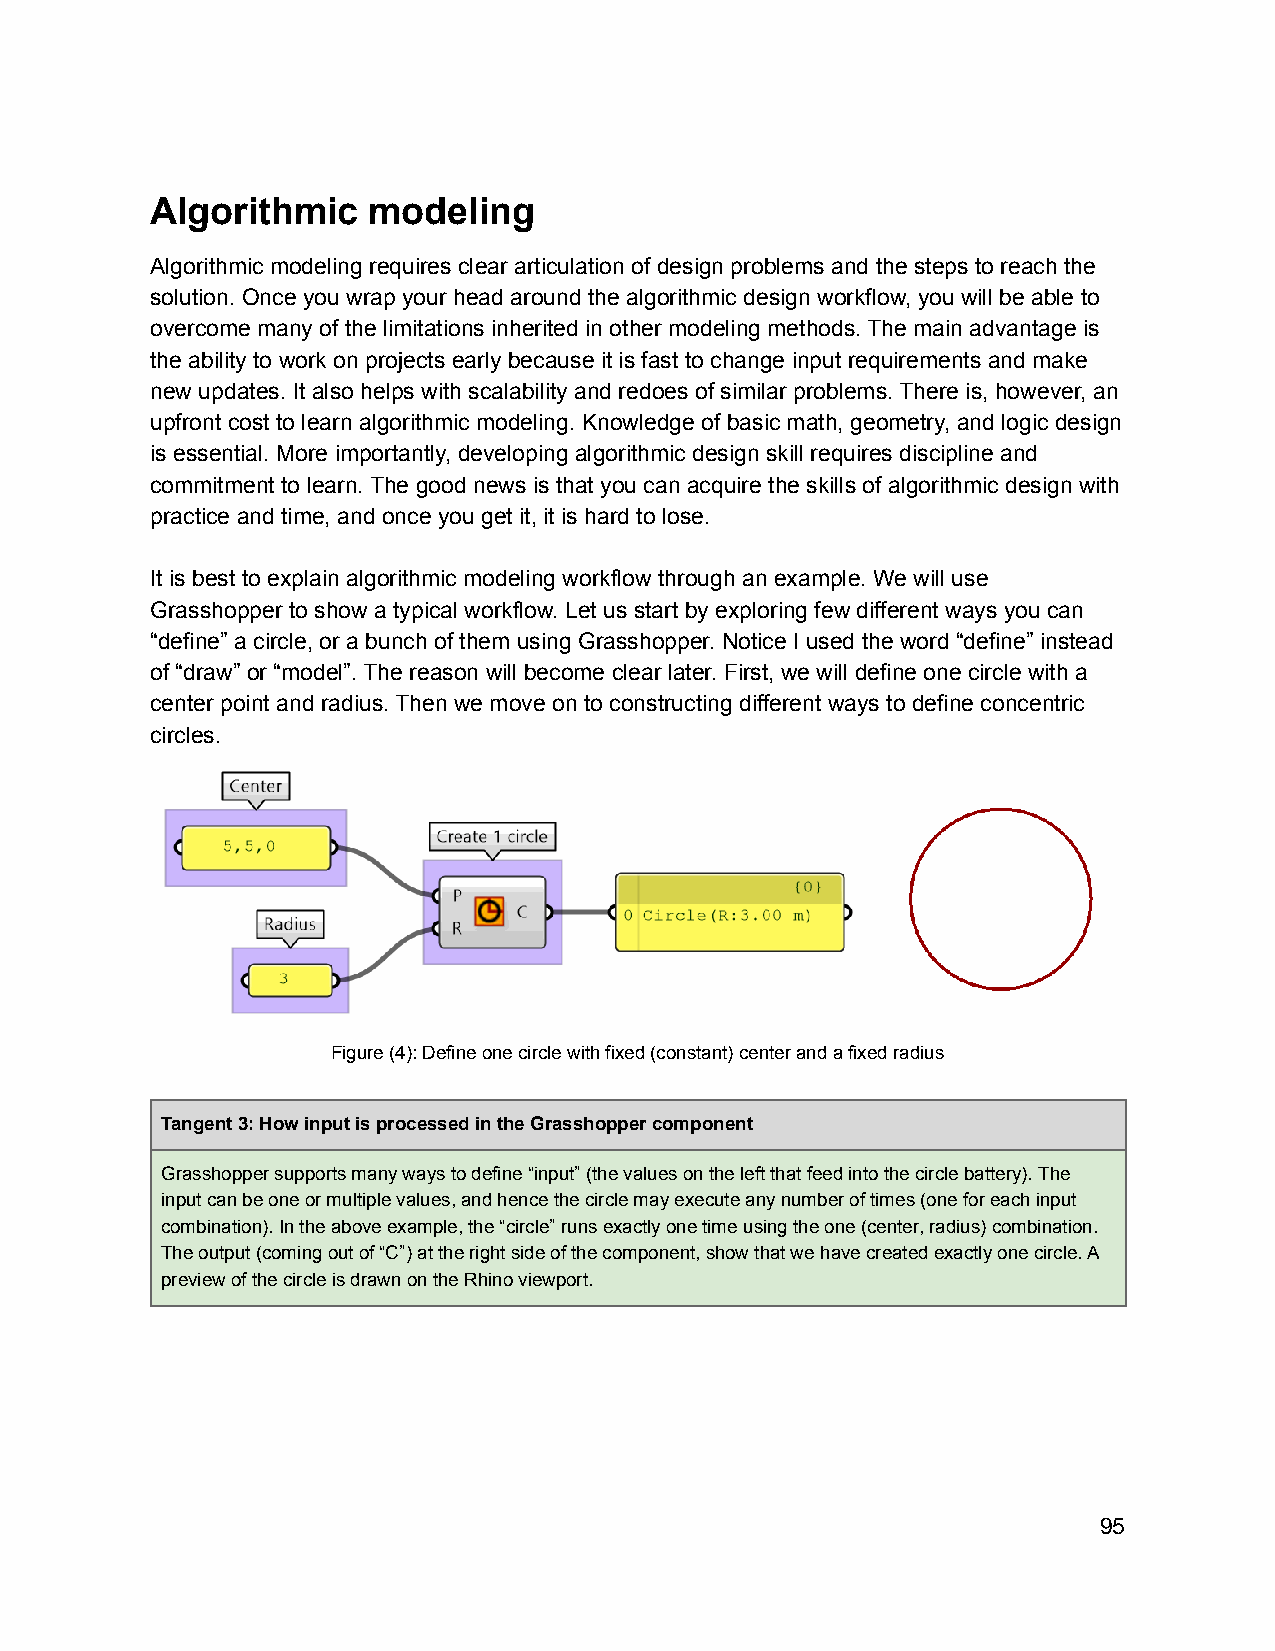
Algorithmic   modeling
 Algorithmic modeling requires clear articulation of design problems and the steps to reach the
 solution. Once you wrap your head around the algorithmic design workflow, you will be able to
 overcome many of the limitations inherited in other modeling methods. The main advantage is
 the ability to work on projects early because it is fast to change input requirements and make
 new updates. It also helps with scalability and redoes of similar problems. There is, however, an
 upfront cost to learn algorithmic modeling. Knowledge of basic math, geometry, and logic design
 is essential. More importantly, developing algorithmic design skill requires discipline and
 commitment to learn. The good news is that you can acquire the skills of algorithmic design with
 practice and time, and once you get it, it is hard to lose.
 It is best to explain algorithmic modeling workflow through an example. We will use
 Grasshopper to show a typical workflow. Let us start by exploring few different ways you can
 “define” a circle, or a bunch of them using Grasshopper. Notice I used the word “define” instead
 of “draw” or “model”. The reason will become clear later. First, we will define one circle with a
 center point and radius. Then we move on to constructing different ways to define concentric
 circles.
 Figure (4): Define one circle with fixed (constant) center and a fixed radius
 Tangent 3: How input is processed in the Grasshopper component
 Grasshopper supports many ways to define “input” (the values on the left that feed into the circle battery). The
 input can be one or multiple values, and hence the circle may execute any number of times (one for each input
 combination). In the above example, the “circle” runs exactly one time using the one (center, radius) combination.
 The output (coming out of “C”) at the right side of the component, show that we have created exactly one circle. A
 preview of the circle is drawn on the Rhino viewport.
 95